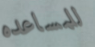
للمساعده